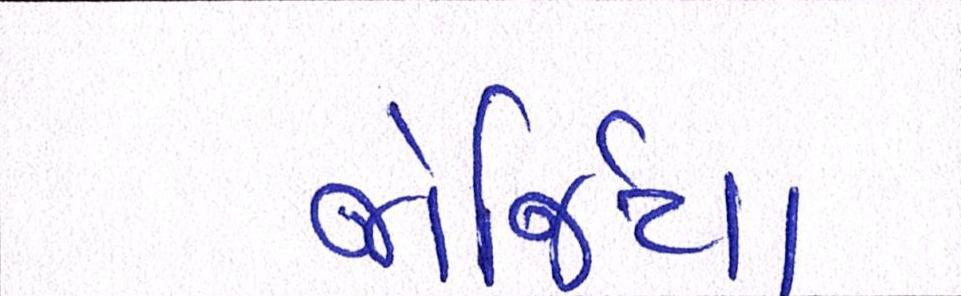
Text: જોર્જિયા